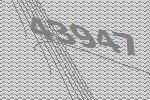
43947